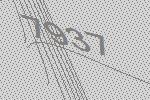
7937